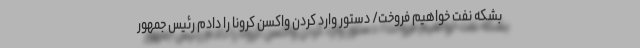
بشکه نفت خواهیم فروخت/ دستور وارد کردن واکسن کرونا را دادم رئیس جمهور